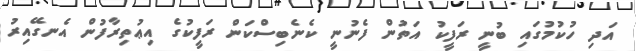
އަދި ހުކުމުގައި ބުނީ ރަފީކު އަތުން ފެނުނީ ކެނެބިސްކަން ރަފީކުގެ އިޢުތިރާފުން އެނގޭއިރު